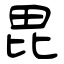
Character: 毘